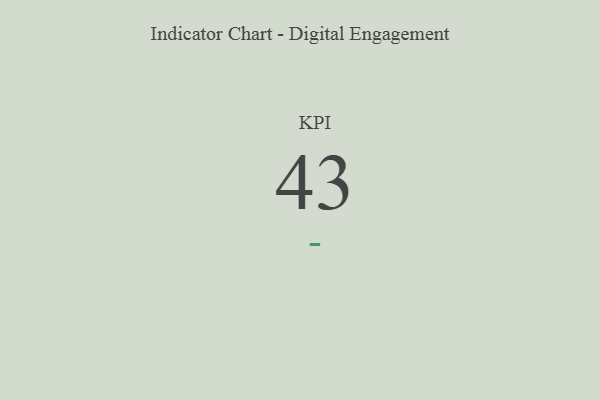
{"axis": {"x": "KPI", "y": "Value"}, "legend": [""], "data": [{"x": "KPI", "y": 43, "type": ""}]}